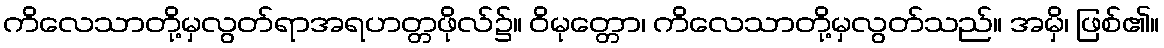
ကိလေသာတို့မှလွတ်ရာအရဟတ္တဖိုလ်၌။ ဝိမုတ္တော၊ ကိလေသာတို့မှလွတ်သည်။ အမှိ၊ ဖြစ်၏။